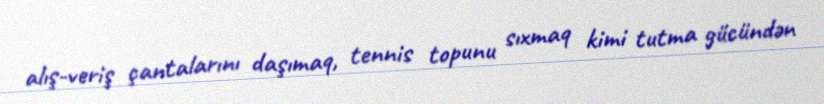
alış-veriş çantalarını daşımaq, tennis topunu sıxmaq kimi tutma gücündən